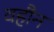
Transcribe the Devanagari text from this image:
वहौन